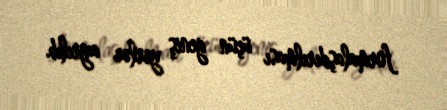
formalaşdırılması üçün geniş yerlər ayrılıb.